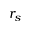
r _ { s }